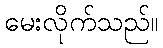
မေးလိုက်သည်။